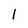
Character: l